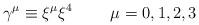
LaTeX: \begin{align*}\gamma^{\mu} \equiv \xi^{\mu} \xi^{4}~~~~~~~\mu=0,1,2,3\end{align*}